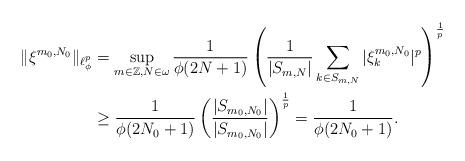
LaTeX: \begin{align*} \|\xi^{m_0,N_0}\|_{\ell^p_\phi} &= \sup_{m\in\mathbb{Z},N\in\omega} \frac{1}{\phi(2N+1)} \left(\frac{1}{|S_{m,N}|} \sum_{k\in S_{m,N}} |\xi^{m_0,N_0}_k|^p\right)^\frac1p \\ &\geq \frac{1}{\phi(2N_0+1)}\left(\frac{|S_{m_0,N_0}|}{|S_{m_0,N_0}|} \right)^\frac1p = \frac{1}{\phi(2N_0+1)}.\end{align*}